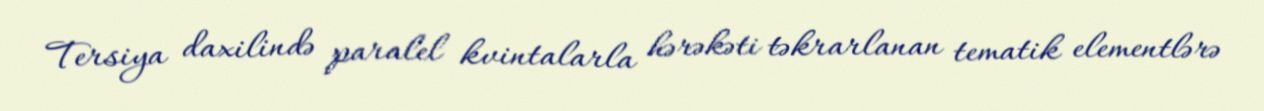
Tersiya daxilində paralel kvintalarla hərəkəti təkrarlanan tematik elementlərə